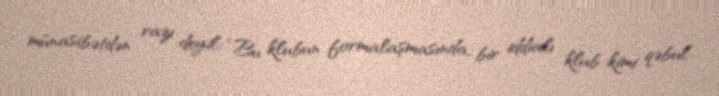
münasibətdən razı deyil: “Bu klubun formalaşmasında, bir iddialı klub kimi qəbul